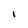
Character: 1